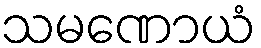
သမဏောယံ